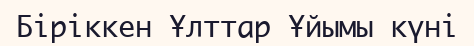
Біріккен Ұлттар Ұйымы күні